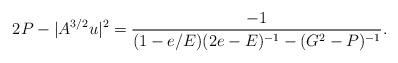
LaTeX: \begin{align*}2P-|A^{3/2}u|^2=\frac{-1}{(1-e/E)(2e-E)^{-1}-(G^2-P)^{-1}}.\end{align*}